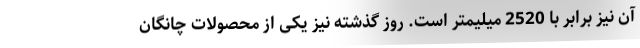
آن نیز برابر با 2520 میلیمتر است. روز گذشته نیز یکی از محصولات چانگان